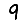
Digit: 9